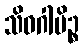
သိဝဂါမိဉ္စ